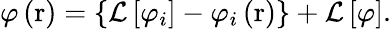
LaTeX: \varphi\left(\mathrm{r}\right)=\left\{ \mathcal{L}\left[{{\varphi}_{i}}\right]-{{\varphi}_{i}}\left(\mathrm{r}\right)\right\} +\mathcal{L}\left[\varphi\right].